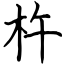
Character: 杵